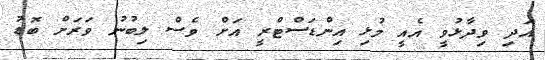
އަދި ވިދާޅުވީ އެއީ މުޅި އިންޑަސްޓްރީ އަށް ވެސް ލިބުނު ވަރަށް ބޮޑު